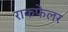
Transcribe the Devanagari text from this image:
राकफेलर